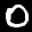
Label: 0